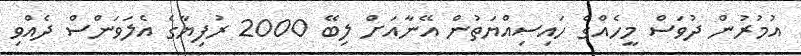
އުމުރުން ދުވަސް މީހެއްގެ ހައިސިއްޔަތުން އޭނާއަށް ލިބޭ 2000 ރުފިޔާގެ އެލަވަންސް ދެއްވި